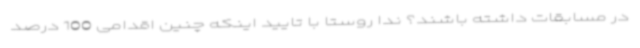
در مسابقات داشته باشند؟ ندا روستا با تایید اینکه چنین اقدامی 100 درصد